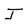
Character: J